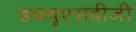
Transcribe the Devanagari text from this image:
डब्ल्यूएसडीजी